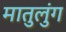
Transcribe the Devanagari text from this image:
मातुलुंग